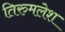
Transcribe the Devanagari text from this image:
तिरुमलेश